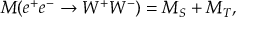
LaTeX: { \cal M } ( e ^ { + } e ^ { - } \rightarrow W ^ { + } W ^ { - } ) = { \cal M } _ { S } + { \cal M } _ { T } ,